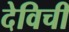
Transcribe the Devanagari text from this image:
देविची